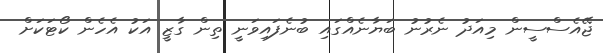
ޖޭއެސްސީން މިއަދު ނެރުނު ބަޔާނެއްގައި ބުނެފައިވަނީ ތިން ގާޒީ އަކު އެހެން ކޯޓަކަށް